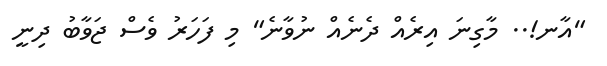
"އާނ!.. މާގިނަ އިރެއް ދެނެއް ނުވާނެ" މި ފަހަރު ވެސް ޖަވާބު ދިނީ